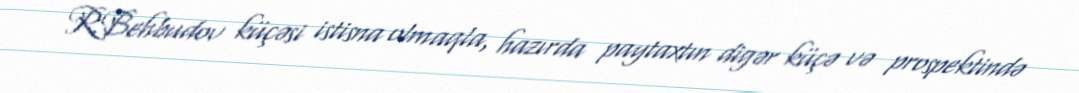
R.Behbudov küçəsi istisna olmaqla, hazırda paytaxtın digər küçə və prospektində